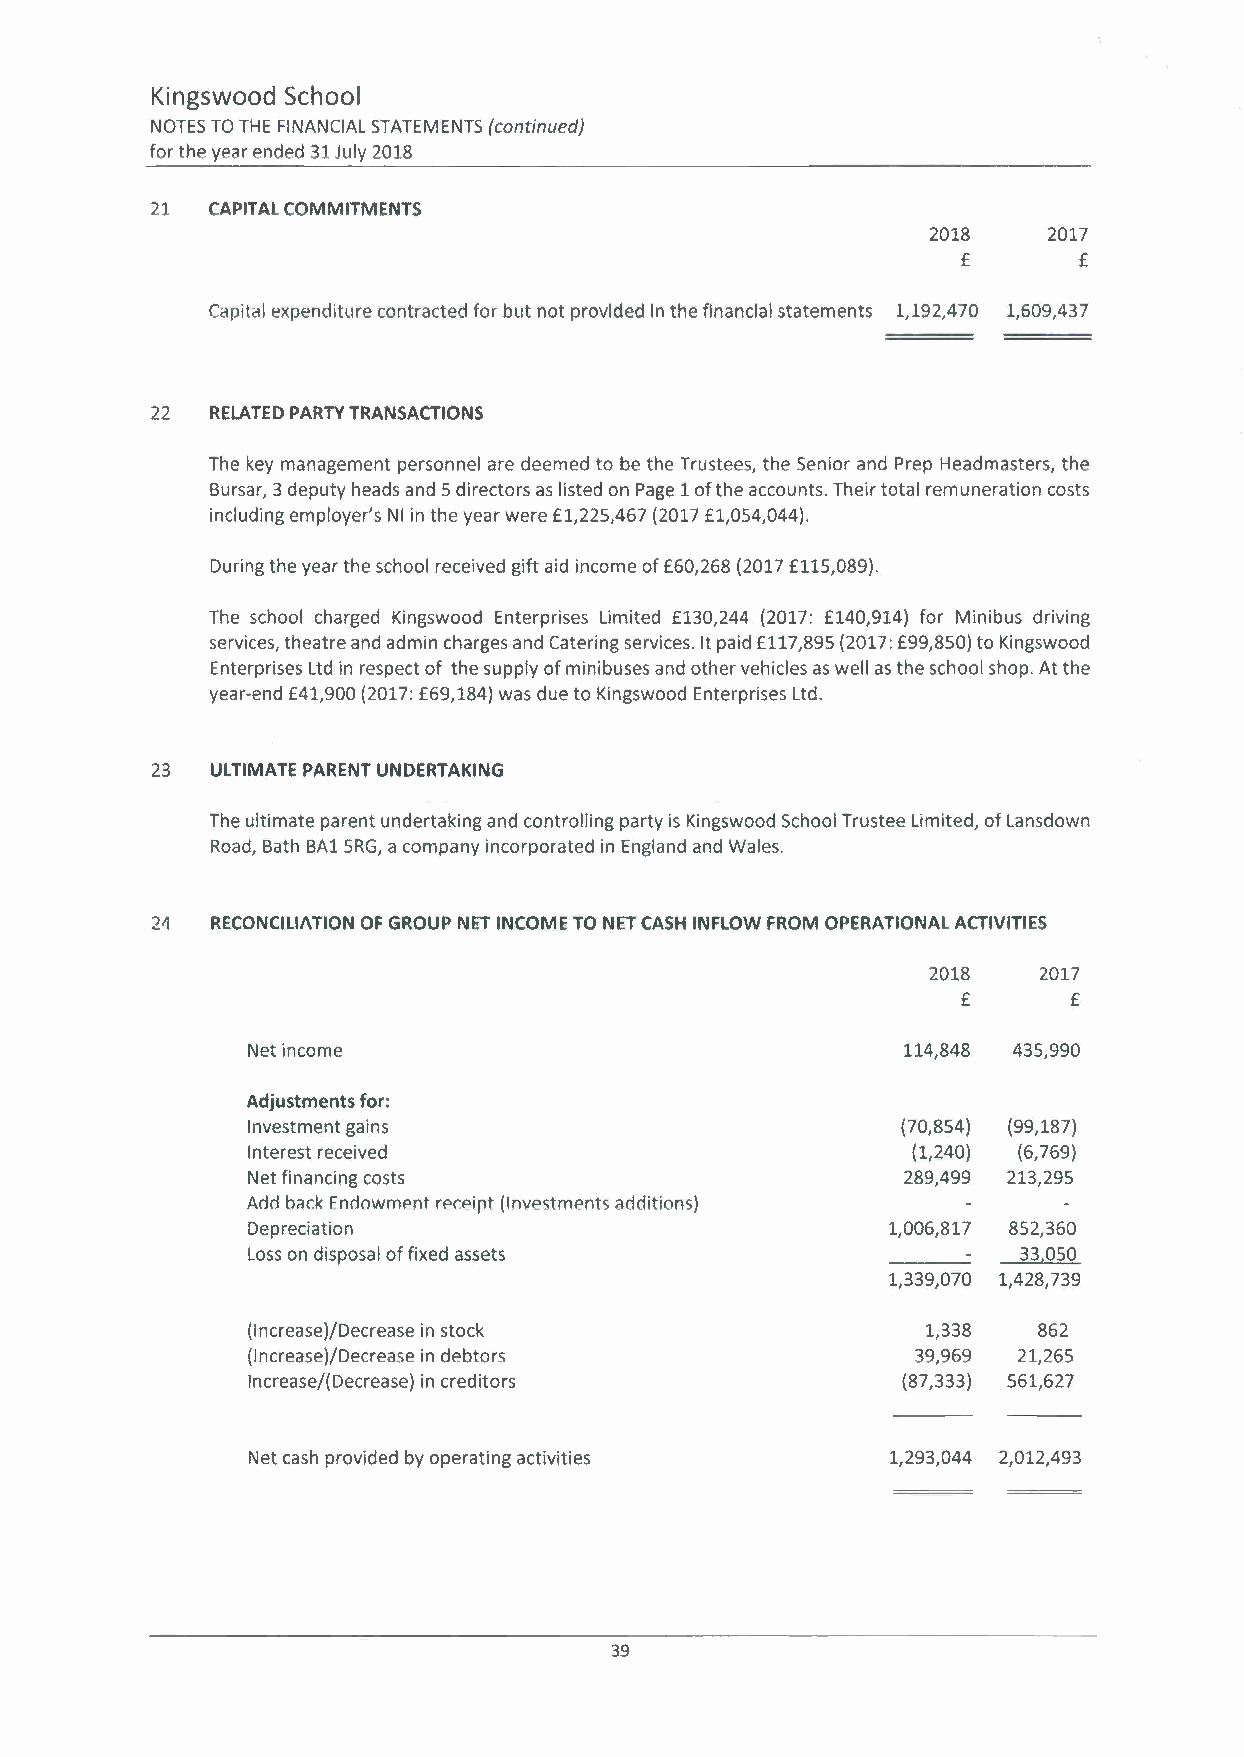
Kingswood School
 NOTES TO THE FINANCIALS TATEMENTS (continued)
 for the year ended 31 July 2018
 21  CAPITAL COMMITMENTS
 2018   2017
 £      £
 Capital expenditure contracted for but not provided In the financial statements 1,192,470 1,609,437
 22  RELATED PARTY TRANSACTIONS
 The key management personnel are deemed to be the Trustees, the Senior and Prep Headmasters, the
 Bursar, 3 deputy heads and 5 directors as listed on Page lof the accounts. Their total remuneration costs
 including employer's NI in the year were £1,225,467 (2017 £1,054,044).
 During the year the school received gift aid income of £60,268 (2017 £115,089).
 The school charged Kingswood Enterprises Limited £130,244 (2017: £140,914) for Minibus driving
 services, theatre and admin charges and Catering services. It paid £117,895 (2017: £99,850) to Kingswood
 Enterprises Ltd in respect of the supply of minibuses and other vehicles as well as the school shop. At the
 year-end £41,900 (2017: £69,184) was due to Kingswood Enterprises Ltd.
 23  ULTIMATE PARENT UNDERTAKING
 The ultimate parent undertaking and controlling party is Kingswood School Trustee Limited, of Lansdown
 Road, Bath BAl 5RG, a company incorporated in England and Wales.
 211 RECONCILIATION OF GROUP NET INCOME TO NET CASH INFLOW FROM OPERATIONAL ACTIVITIES
 2018    2017
 £      £
 Net income                                  114,848 435,990
 Adjustments for:
 Investment gains                            (70,854) (99,187)
 Interest received                           (1,240) (6,769)
 Net financing costs                         289,499 213,295
 Add back Endowment rpc:pirt (Investments additions)
 Depreciation                               1,006,817 852,360
 Loss on disposal of fixed assets                   33,050
 1,339,070 1,428,739
 (Increase)/Decrease in stock                 1,338   862
 (Increase)/Decrease in debtors               39,969 21,265
 Increase/(Decrease) in creditors            (87,333) 561,627
 Net cash provided by operating activities  1,293,044 2,012,493
 39